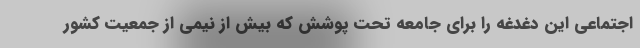
اجتماعی این دغدغه را برای جامعه تحت پوشش که بیش از نیمی از جمعیت کشور